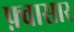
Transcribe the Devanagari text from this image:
फ़्वासार